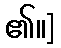
၏။]